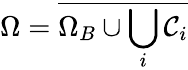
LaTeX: \Omega=\overline{{\Omega_{B}\cup\bigcup_{i}\mathcal{C}_{i}}}